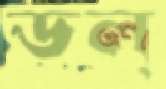
ডল্‌